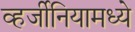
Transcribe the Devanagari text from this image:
व्हर्जीनियामध्ये